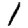
Digit: 1